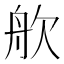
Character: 𬅣